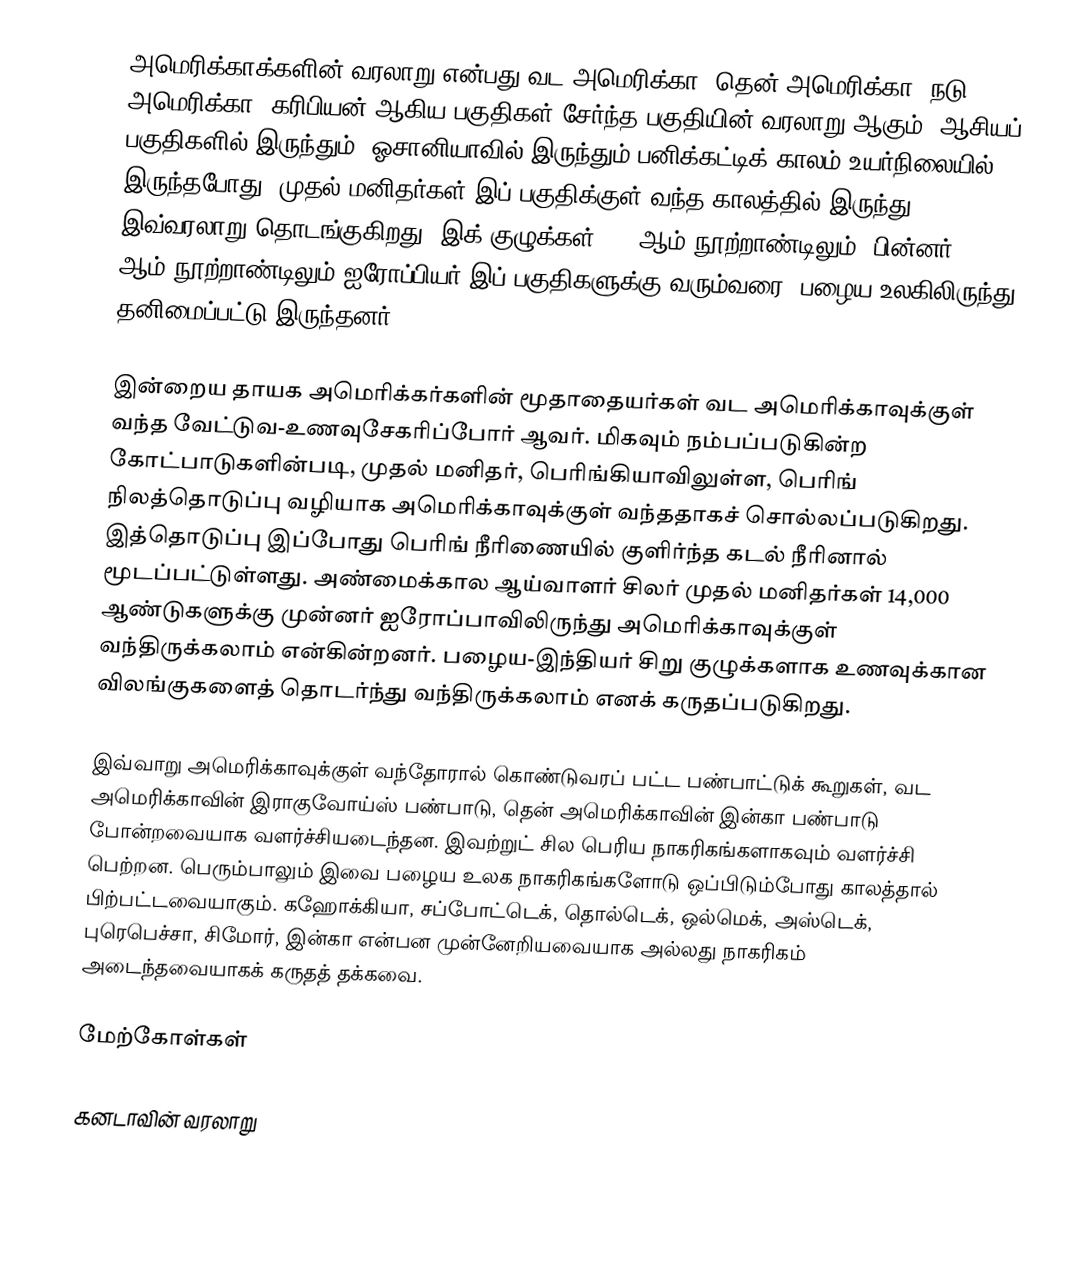
அமெரிக்காக்களின் வரலாறு என்பது வட அமெரிக்கா, தென் அமெரிக்கா, நடு அமெரிக்கா, கரிபியன் ஆகிய பகுதிகள் சேர்ந்த பகுதியின் வரலாறு ஆகும். ஆசியப் பகுதிகளில் இருந்தும், ஓசானியாவில் இருந்தும் பனிக்கட்டிக் காலம் உயர்நிலையில் இருந்தபோது, முதல் மனிதர்கள் இப் பகுதிக்குள் வந்த காலத்தில் இருந்து இவ்வரலாறு தொடங்குகிறது. இக் குழுக்கள், 10 ஆம் நூற்றாண்டிலும், பின்னர் 15 ஆம் நூற்றாண்டிலும் ஐரோப்பியர் இப் பகுதிகளுக்கு வரும்வரை, பழைய உலகிலிருந்து தனிமைப்பட்டு இருந்தனர்.

இன்றைய தாயக அமெரிக்கர்களின் மூதாதையர்கள் வட அமெரிக்காவுக்குள் வந்த வேட்டுவ-உணவுசேகரிப்போர் ஆவர். மிகவும் நம்பப்படுகின்ற கோட்பாடுகளின்படி, முதல் மனிதர், பெரிங்கியாவிலுள்ள, பெரிங் நிலத்தொடுப்பு வழியாக அமெரிக்காவுக்குள் வந்ததாகச் சொல்லப்படுகிறது. இத்தொடுப்பு இப்போது பெரிங் நீரிணையில் குளிர்ந்த கடல் நீரினால் மூடப்பட்டுள்ளது. அண்மைக்கால ஆய்வாளர் சிலர் முதல் மனிதர்கள் 14,000 ஆண்டுகளுக்கு முன்னர் ஐரோப்பாவிலிருந்து அமெரிக்காவுக்குள் வந்திருக்கலாம் என்கின்றனர். பழைய-இந்தியர் சிறு குழுக்களாக உணவுக்கான விலங்குகளைத் தொடர்ந்து வந்திருக்கலாம் எனக் கருதப்படுகிறது.

இவ்வாறு அமெரிக்காவுக்குள் வந்தோரால் கொண்டுவரப் பட்ட பண்பாட்டுக் கூறுகள், வட அமெரிக்காவின் இராகுவோய்ஸ் பண்பாடு, தென் அமெரிக்காவின் இன்கா பண்பாடு போன்றவையாக வளர்ச்சியடைந்தன. இவற்றுட் சில பெரிய நாகரிகங்களாகவும் வளர்ச்சி பெற்றன. பெரும்பாலும் இவை பழைய உலக நாகரிகங்களோடு ஒப்பிடும்போது காலத்தால் பிற்பட்டவையாகும். கஹோக்கியா, சப்போட்டெக், தொல்டெக், ஒல்மெக், அஸ்டெக், புரெபெச்சா, சிமோர், இன்கா என்பன முன்னேறியவையாக அல்லது நாகரிகம் அடைந்தவையாகக் கருதத் தக்கவை.

மேற்கோள்கள்

கனடாவின் வரலாறு